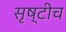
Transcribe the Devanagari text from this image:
सृष्टीच